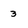
Character: 3